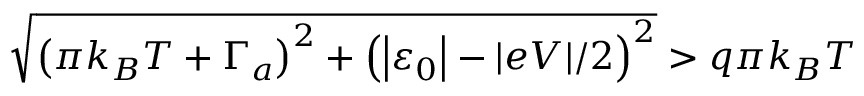
\sqrt { \left( \pi k _ { B } T + \Gamma _ { a } \right) ^ { 2 } + \left( \left\vert \varepsilon _ { 0 } \right\vert - \vert e V \vert / 2 \right) ^ { 2 } } > q \pi k _ { B } T